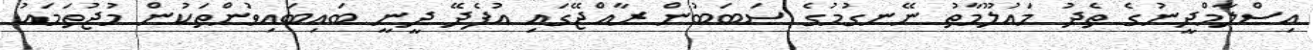
އިސްލާމްދީނުގެ ތެދު މައުލޫމާތު ނޭނގުމުގެ ސަބަބުން ރާއްޖޭގައި އުފެދޭ ދީނީ ބައިބައިވުންތަކުން މުޖުތަމައު